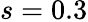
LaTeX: s=0.3